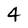
Character: 4